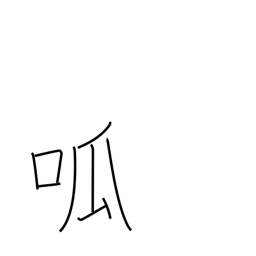
Meaning: cry